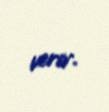
verir.